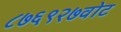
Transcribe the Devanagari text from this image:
८७६९२७वोट